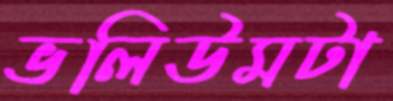
ভলিউমটা